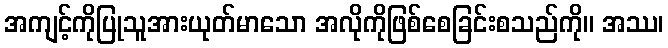
အကျင့်ကိုပြုသူအားယုတ်မာသော အလိုကိုဖြစ်စေခြင်းစသည်ကို။ အဿ၊